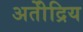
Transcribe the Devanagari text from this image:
अतीेंद्रिय